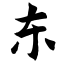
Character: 东